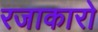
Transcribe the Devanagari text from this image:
रजाकारो